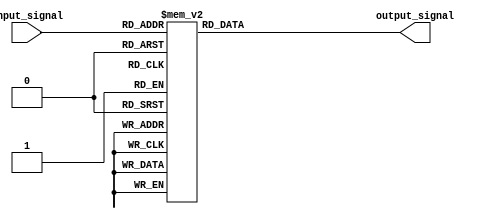
module case_statement (
    input [2:0] input_signal,
    output reg [3:0] output_signal
);

always @* begin
    case(input_signal)
        3'b000: output_signal = 4'b0000;
        3'b001: output_signal = 4'b0001;
        3'b010: output_signal = 4'b0010;
        3'b011: output_signal = 4'b0011;
        3'b100: output_signal = 4'b0100;
        3'b101: output_signal = 4'b0101;
        3'b110: output_signal = 4'b0110;
        3'b111: output_signal = 4'b0111;
        default: output_signal = 4'b1111;
    endcase
end

endmodule